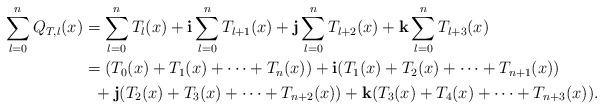
LaTeX: \begin{align*}\sum_{l=0}^{n}Q_{T,l}(x)&=\sum_{l=0}^{n}T_{l}(x)+\textbf{i}\sum_{l=0}^{n}T_{l+1}(x)+\textbf{j}\sum_{l=0}^{n}T_{l+2}(x)+\textbf{k}\sum_{l=0}^{n}T_{l+3}(x)\\&=(T_{0}(x)+T_{1}(x)+\cdots+T_{n}(x))+\textbf{i}(T_{1}(x)+T_{2}(x)+\cdots+T_{n+1}(x))\\&\ \ +\textbf{j}(T_{2}(x)+T_{3}(x)+\cdots+T_{n+2}(x))+\textbf{k}(T_{3}(x)+T_{4}(x)+\cdots+T_{n+3}(x)).\end{align*}